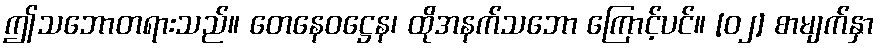
ဤသဘောတရားသည်။ တေနေဝဋ္ဌေန၊ ထိုအနက်သဘော ကြောင့်ပင်။ [၀၂] စာမျက်နှာ